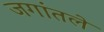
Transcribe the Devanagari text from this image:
जगांतले